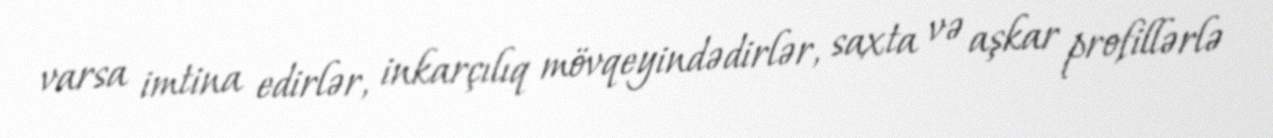
varsa imtina edirlər, inkarçılıq mövqeyindədirlər, saxta və aşkar profillərlə